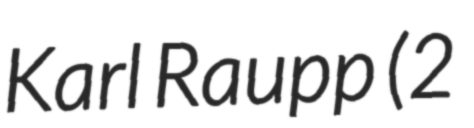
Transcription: Karl Raupp (2